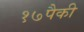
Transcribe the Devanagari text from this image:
१७पैकी